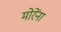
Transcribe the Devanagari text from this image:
मोरेंना